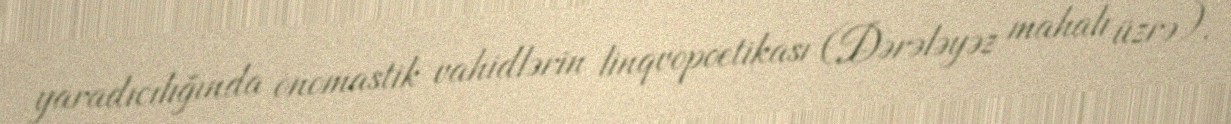
yaradıcılığında onomastik vahidlərin linqvopoetikası (Dərələyəz mahalı üzrə).